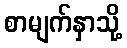
စာမျက်နှာသို့